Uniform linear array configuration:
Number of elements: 64
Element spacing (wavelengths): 1
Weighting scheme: uniform
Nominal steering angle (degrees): -45
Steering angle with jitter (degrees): -44.013
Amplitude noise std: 0.05
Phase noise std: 0.05

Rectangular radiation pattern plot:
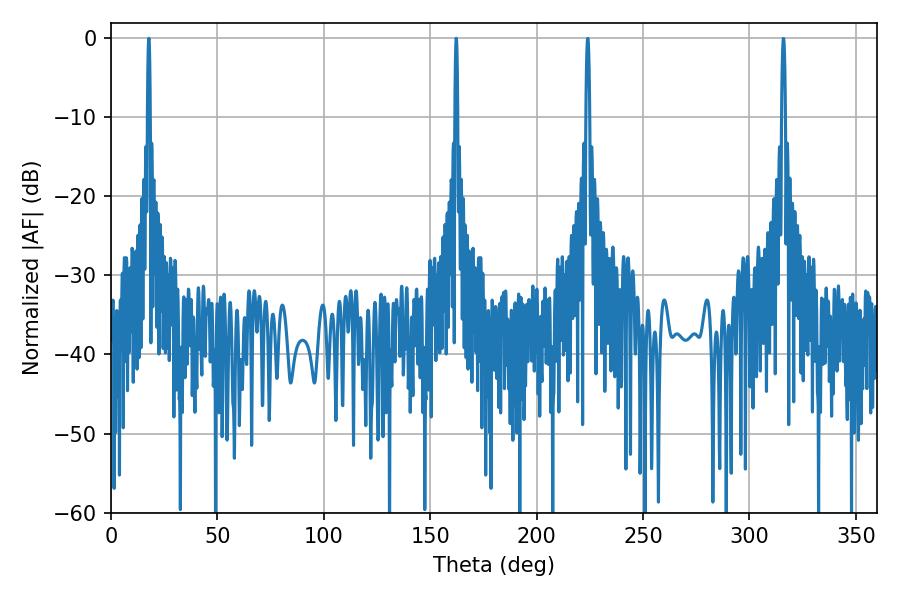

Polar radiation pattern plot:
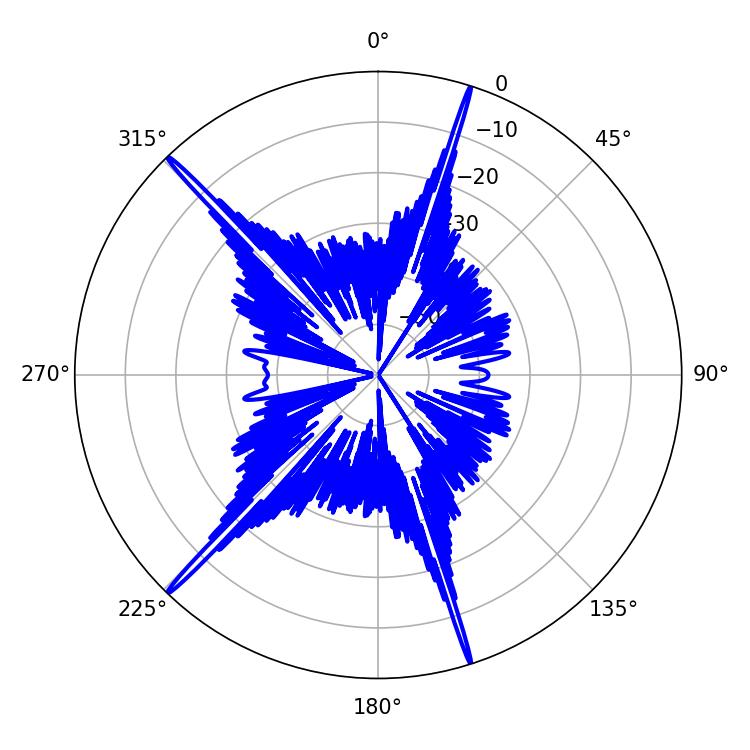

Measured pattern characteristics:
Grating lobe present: TRUE
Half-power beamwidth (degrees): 0.72
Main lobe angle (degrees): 162.18